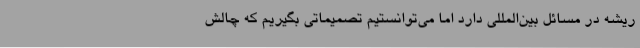
ریشه در مسائل بین‌المللی دارد اما می‌توانستیم تصمیماتی بگیریم که چالش